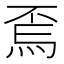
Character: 𱫇